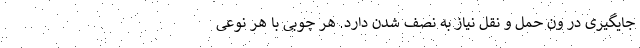
جایگیری در ون حمل و نقل نیاز به نصف شدن دارد. هر چوبی با هر نوعی